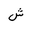
Letter: _shin